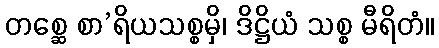
တစ္ဆေ စာ’ရိယသစ္စမှိ၊ ဒိဋ္ဌိယံ သစ္စ မီရိတံ။